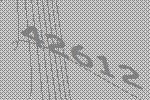
42612